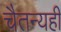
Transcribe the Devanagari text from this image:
चैतन्यही